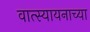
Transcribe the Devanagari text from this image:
वात्स्यायनाच्या